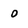
Character: 0